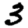
Digit: 3